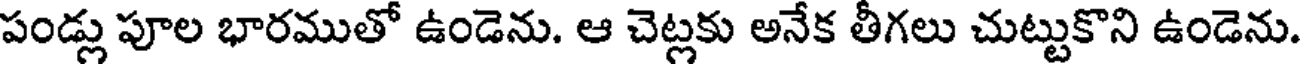
పండ్లు పూల భారముతో ఉండెను. ఆ చెట్లకు అనేక తీగలు చుట్టుకొని ఉండెను.